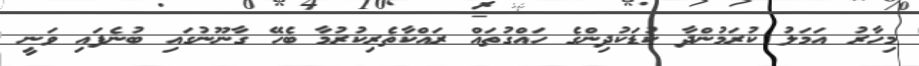
މިހާރު އަމަލު ކުރަމުންދާ ކުޑަކުދިންގެ ހައްގުތައް ރައްކާތެރިކުރުމާ ބެހޭ ގާނޫނުގައި ބުނެފައި ވަނީ